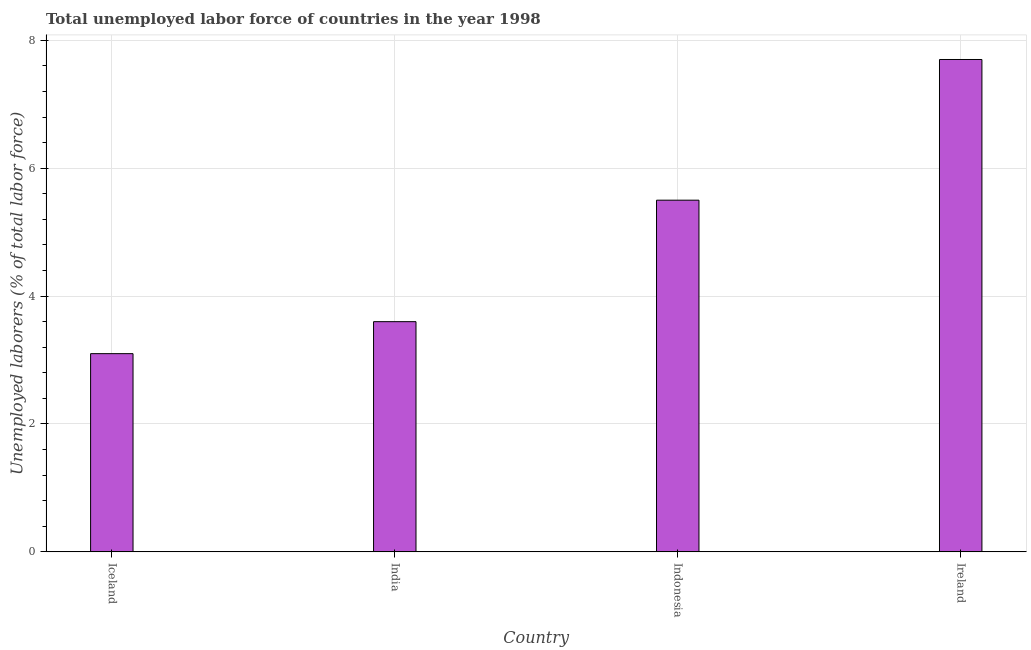
| Country | Unemployment total |
 | --- | --- |
 | Iceland | 3.1 |
 | India | 3.6 |
 | Indonesia | 5.5 |
 | Ireland | 7.7 |